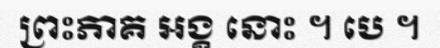
ព្រះភាគ អង្គ នោះ ។ បេ ។